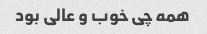
همه چی خوب و عالی بود